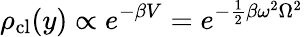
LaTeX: \rho_{\mathrm{cl}}(y)\propto e^{-\beta V}=e^{-\frac{1}{2}\beta\omega^{2}\Omega^{2}}